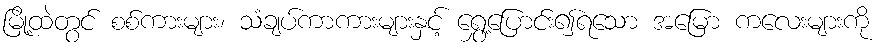
မြို့ထဲတွင် စစ်ကားများ၊ သံချပ်ကာကားများနှင့် ရွှေ့ပြောင်း၍ရသော အမြော ကလေးများကို